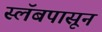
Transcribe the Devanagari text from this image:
स्लॅबपासून